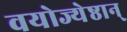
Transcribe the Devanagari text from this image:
वयोज्येष्ठान्‌